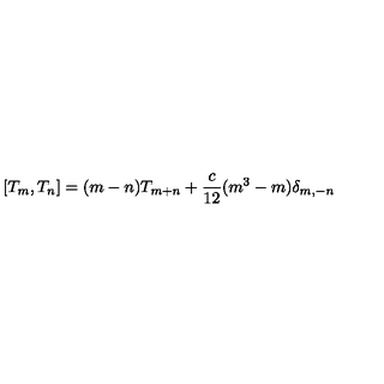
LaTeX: [ T _ { m } , T _ { n } ] = ( m - n ) T _ { m + n } + { \frac { c } { 1 2 } } ( m ^ { 3 } - m ) \delta _ { m , - n }